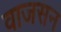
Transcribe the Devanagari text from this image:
वाजसन